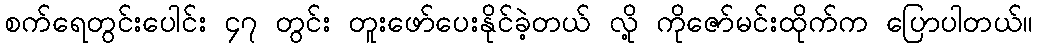
စက်ရေတွင်းပေါင်း ၄၇ တွင်း တူးဖော်ပေးနိုင်ခဲ့တယ် လို့ ကိုဇော်မင်းထိုက်က ပြောပါတယ်။